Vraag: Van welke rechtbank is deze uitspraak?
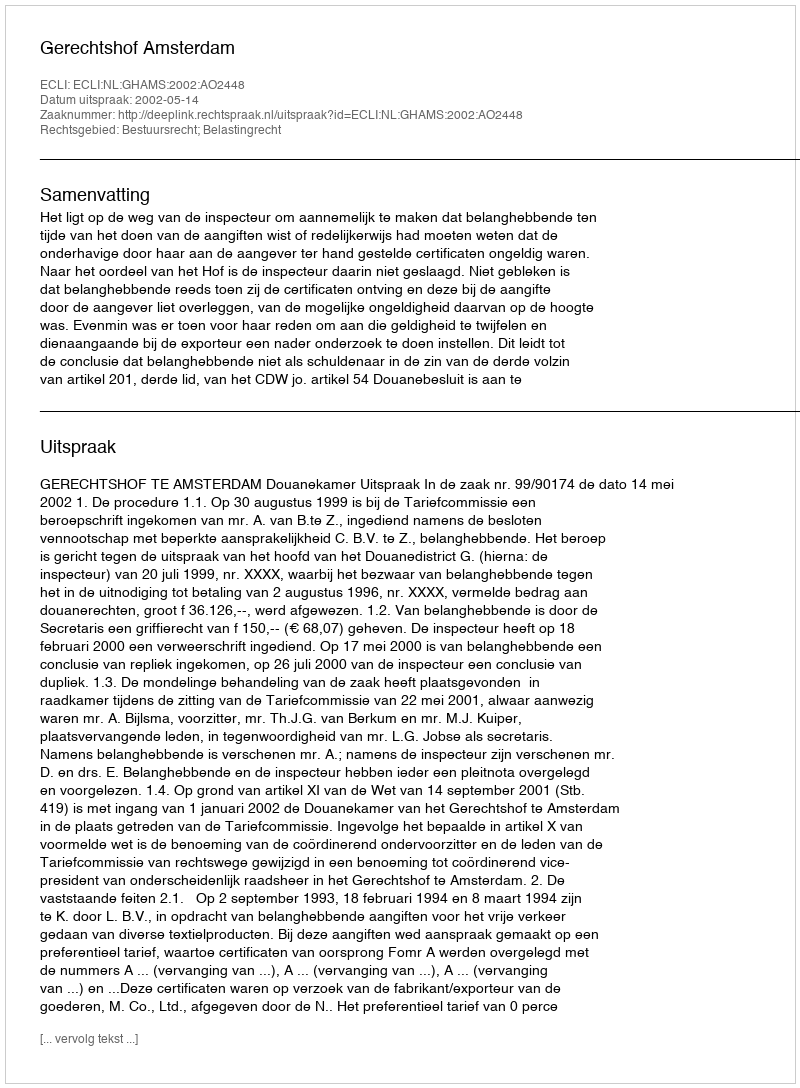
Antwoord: Gerechtshof Amsterdam